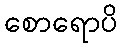
စောရောပိ